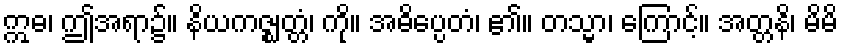
ဣဓ၊ ဤအရာ၌။ နိယကဇ္ဈတ္တံ၊ ကို။ အဓိပ္ပေတံ၊ ၏။ တသ္မာ၊ ကြောင့်။ အတ္တနိ၊ မိမိ